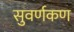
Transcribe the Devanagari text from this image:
सुवर्णकण